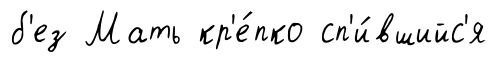
б'ез Мать кр'е́пко сп'и́вшийс'я